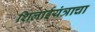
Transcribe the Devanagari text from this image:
शिलाईयंत्राचा